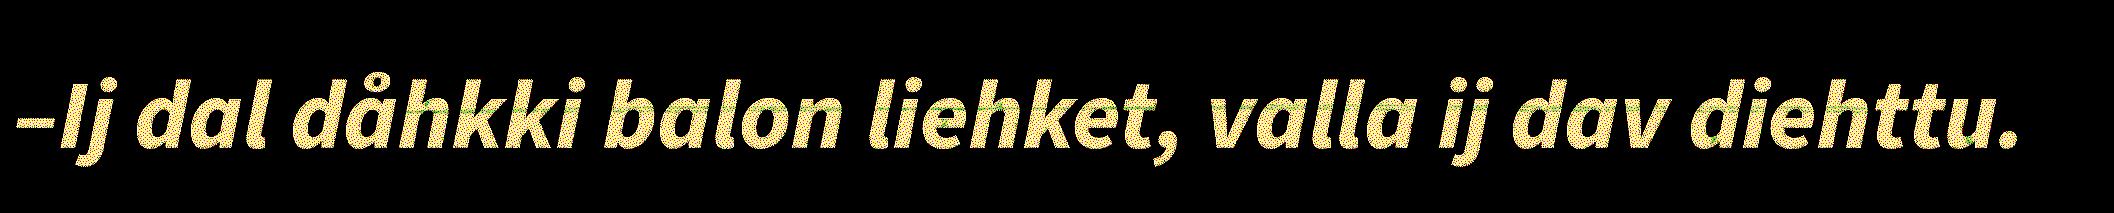
–Ij dal dåhkki balon liehket, valla ij dav diehttu.